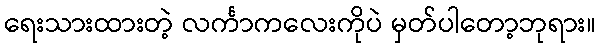
ရေးသားထားတဲ့ လင်္ကာကလေးကိုပဲ မှတ်ပါတော့ဘုရား။